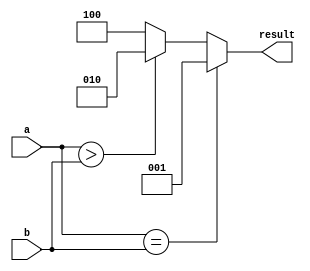
module signed_comparator (
    input signed [7:0] a,
    input signed [7:0] b,
    output reg [2:0] result
);

always @(*) begin
    if (a == b) begin
        result = 3'b001; // equal
    end else if (a > b) begin
        result = 3'b010; // greater than
    end else begin
        result = 3'b100; // less than
    end
end

endmodule